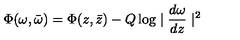
\Phi ( \omega , \bar { \omega } ) = \Phi ( z , \bar { z } ) - Q \log \mid \frac { d \omega } { d z } \mid ^ { 2 }